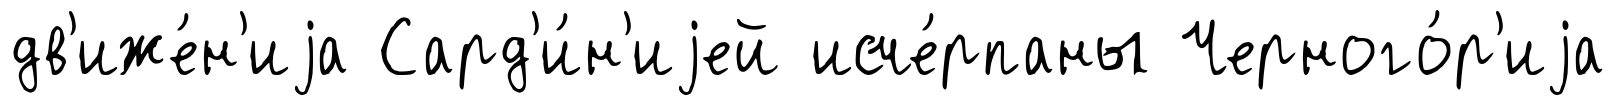
дв'иже́н'иjа Сард'и́н'иjей исче́рпаны Черного́р'иjа